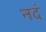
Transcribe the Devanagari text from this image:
नदं